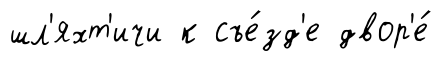
шл'яхт'ичи к съе́зд'е двор'е́